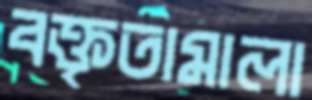
বক্তৃতামালা